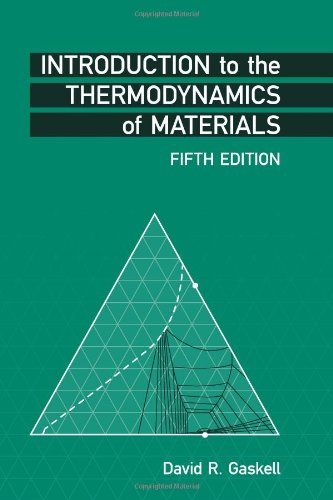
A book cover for Introduction to the Thermodynamics of Materials, Fifth Edition; David R. Gaskell; Engineering & Transportation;